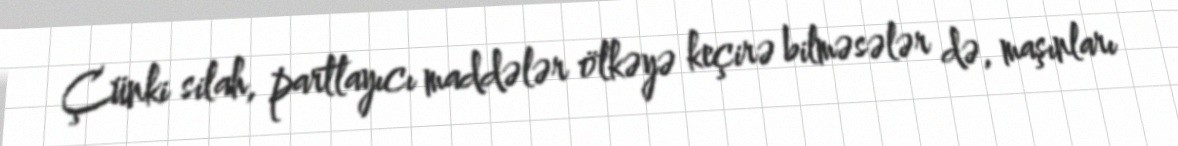
Çünki silah, partlayıcı maddələr ölkəyə keçirə bilməsələr də, maşınları